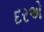
દરએ